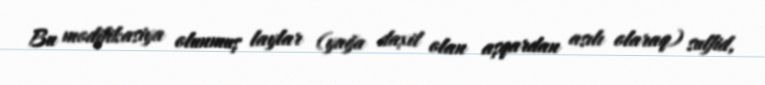
Bu modifikasiya olunmuş laylar (yağa daxil olan aşqardan asılı olaraq) sulfid,